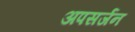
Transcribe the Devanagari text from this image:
अपसर्जन